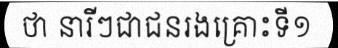
ថា នារីៗជាជនរងគ្រោះទី១